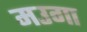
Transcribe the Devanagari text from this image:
मउगा